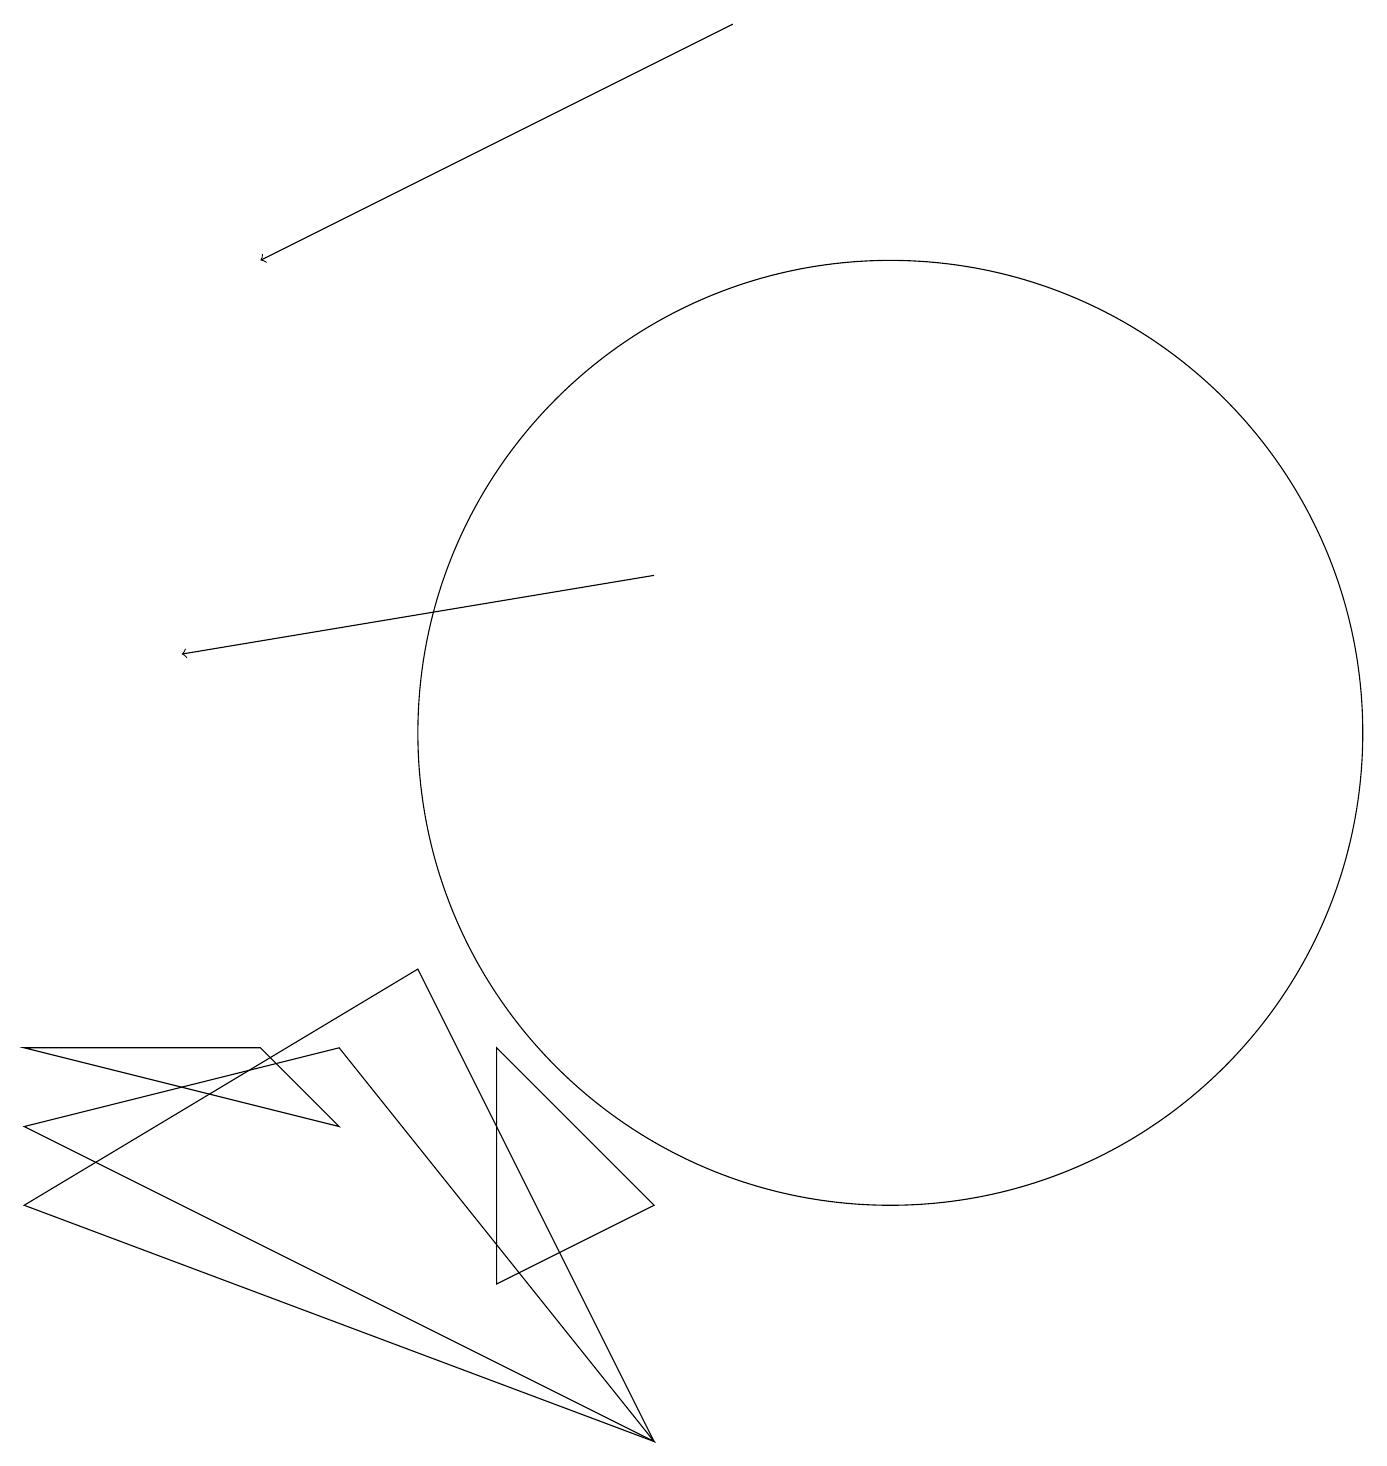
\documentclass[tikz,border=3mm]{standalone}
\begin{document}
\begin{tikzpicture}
\draw (0,6) -- (4,5) -- (3,6) -- cycle;
\draw (4,6) -- (0,5) -- (8,1) -- cycle;
\draw (8,4) -- (6,3) -- (6,6) -- cycle;
\draw (0,4) -- (8,1) -- (5,7) -- cycle;
\draw[->] (8,12) -- (2,11);
\draw[->] (9,19) -- (3,16);
\draw (11,10) circle (6);
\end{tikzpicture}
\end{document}